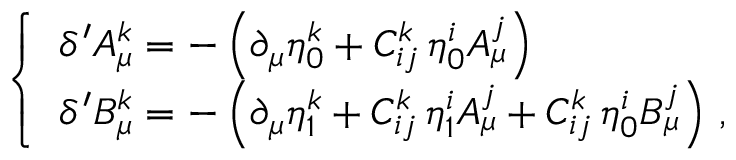
\left\{ \begin{array} { l } { { \delta ^ { \prime } A _ { \mu } ^ { k } = - \left( \partial _ { \mu } \eta _ { 0 } ^ { k } + C _ { i j } ^ { k } \, \eta _ { 0 } ^ { i } A _ { \mu } ^ { j } \right) } } \\ { { \delta ^ { \prime } B _ { \mu } ^ { k } = - \left( \partial _ { \mu } \eta _ { 1 } ^ { k } + C _ { i j } ^ { k } \, \eta _ { 1 } ^ { i } A _ { \mu } ^ { j } + C _ { i j } ^ { k } \, \eta _ { 0 } ^ { i } B _ { \mu } ^ { j } \right) \, , } } \end{array} \right.